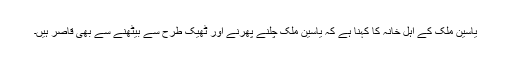
یاسین ملک کے اہل خانہ کا کہنا ہے کہ یاسین ملک چلنے پھرنے اور ٹھیک طرح سے بیٹھنے سے بھی قاصر ہیں۔